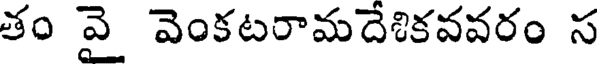
తం వై వెంకటరామదేశికవవరం స